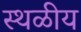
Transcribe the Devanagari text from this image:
स्थळीय